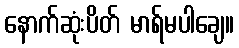
နောက်ဆုံးပိတ် မာရ်မပါချေ။